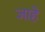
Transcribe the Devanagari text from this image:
जाहे